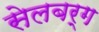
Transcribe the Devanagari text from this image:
सेलबर्ग